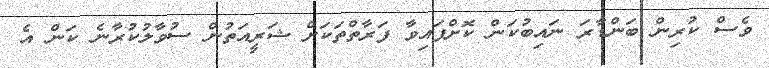
ވެސް ކުރިން ބަންޑާރަ ނައިބުކަން ކޮށްފައިވާ ފަރާތްތަކަށް ޝަރީއަތުން ސުވާލުކުރާނެ ކަން އެ